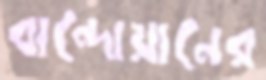
বান্দোয়ানের